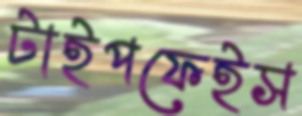
টাইপফেইস